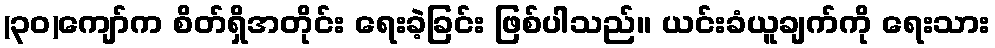
(၃၀)ကျော်က စိတ်ရှိအတိုင်း ရေးခဲ့ခြင်း ဖြစ်ပါသည်။ ယင်းခံယူချက်ကို ရေးသား